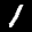
Label: 1